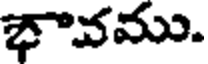
భావము.